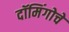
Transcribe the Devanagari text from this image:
दॉमिंगोचे